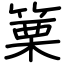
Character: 篥